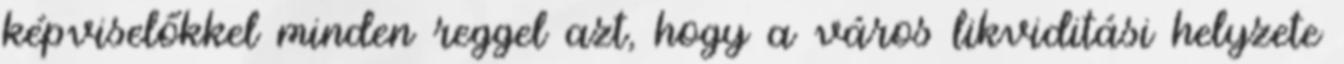
képviselőkkel minden reggel azt, hogy a város likviditási helyzete